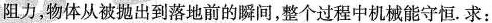
阻力，物体从被抛出到落地前的瞬间，整个过程中机械能守恒。求：